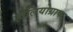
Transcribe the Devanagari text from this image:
होलियोग्राफ